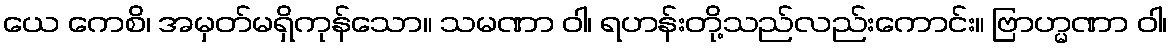
ယေ ကေစိ၊ အမှတ်မရှိကုန်သော။ သမဏာ ဝါ၊ ရဟန်းတို့သည်လည်းကောင်း။ ဗြာဟ္မဏာ ဝါ၊